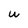
Character: U